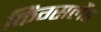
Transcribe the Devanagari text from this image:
किंग्सलैंड